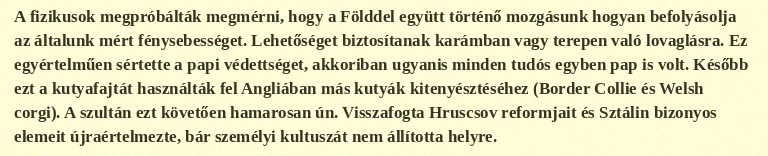
A fizikusok megpróbálták megmérni, hogy a Földdel együtt történő mozgásunk hogyan befolyásolja az általunk mért fénysebességet. Lehetőséget biztosítanak karámban vagy terepen való lovaglásra. Ez egyértelműen sértette a papi védettséget, akkoriban ugyanis minden tudós egyben pap is volt. Később ezt a kutyafajtát használták fel Angliában más kutyák kitenyésztéséhez (Border Collie és Welsh corgi). A szultán ezt követően hamarosan ún. Visszafogta Hruscsov reformjait és Sztálin bizonyos elemeit újraértelmezte, bár személyi kultuszát nem állította helyre.